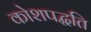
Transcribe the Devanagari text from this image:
कोशपद्धति